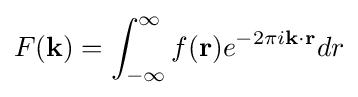
F({\textbf {k}})=\int _{-\infty }^{\infty }f({\textbf {r}})e^{-2\pi i{\textbf {k}}\cdot {\textbf {r}}}dr